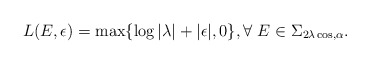
\begin{align*}L(E,\epsilon)=\max \{\log |\lambda|+|\epsilon|,0\}, \forall \ E\in \Sigma_{2\lambda \cos,\alpha}.\end{align*}